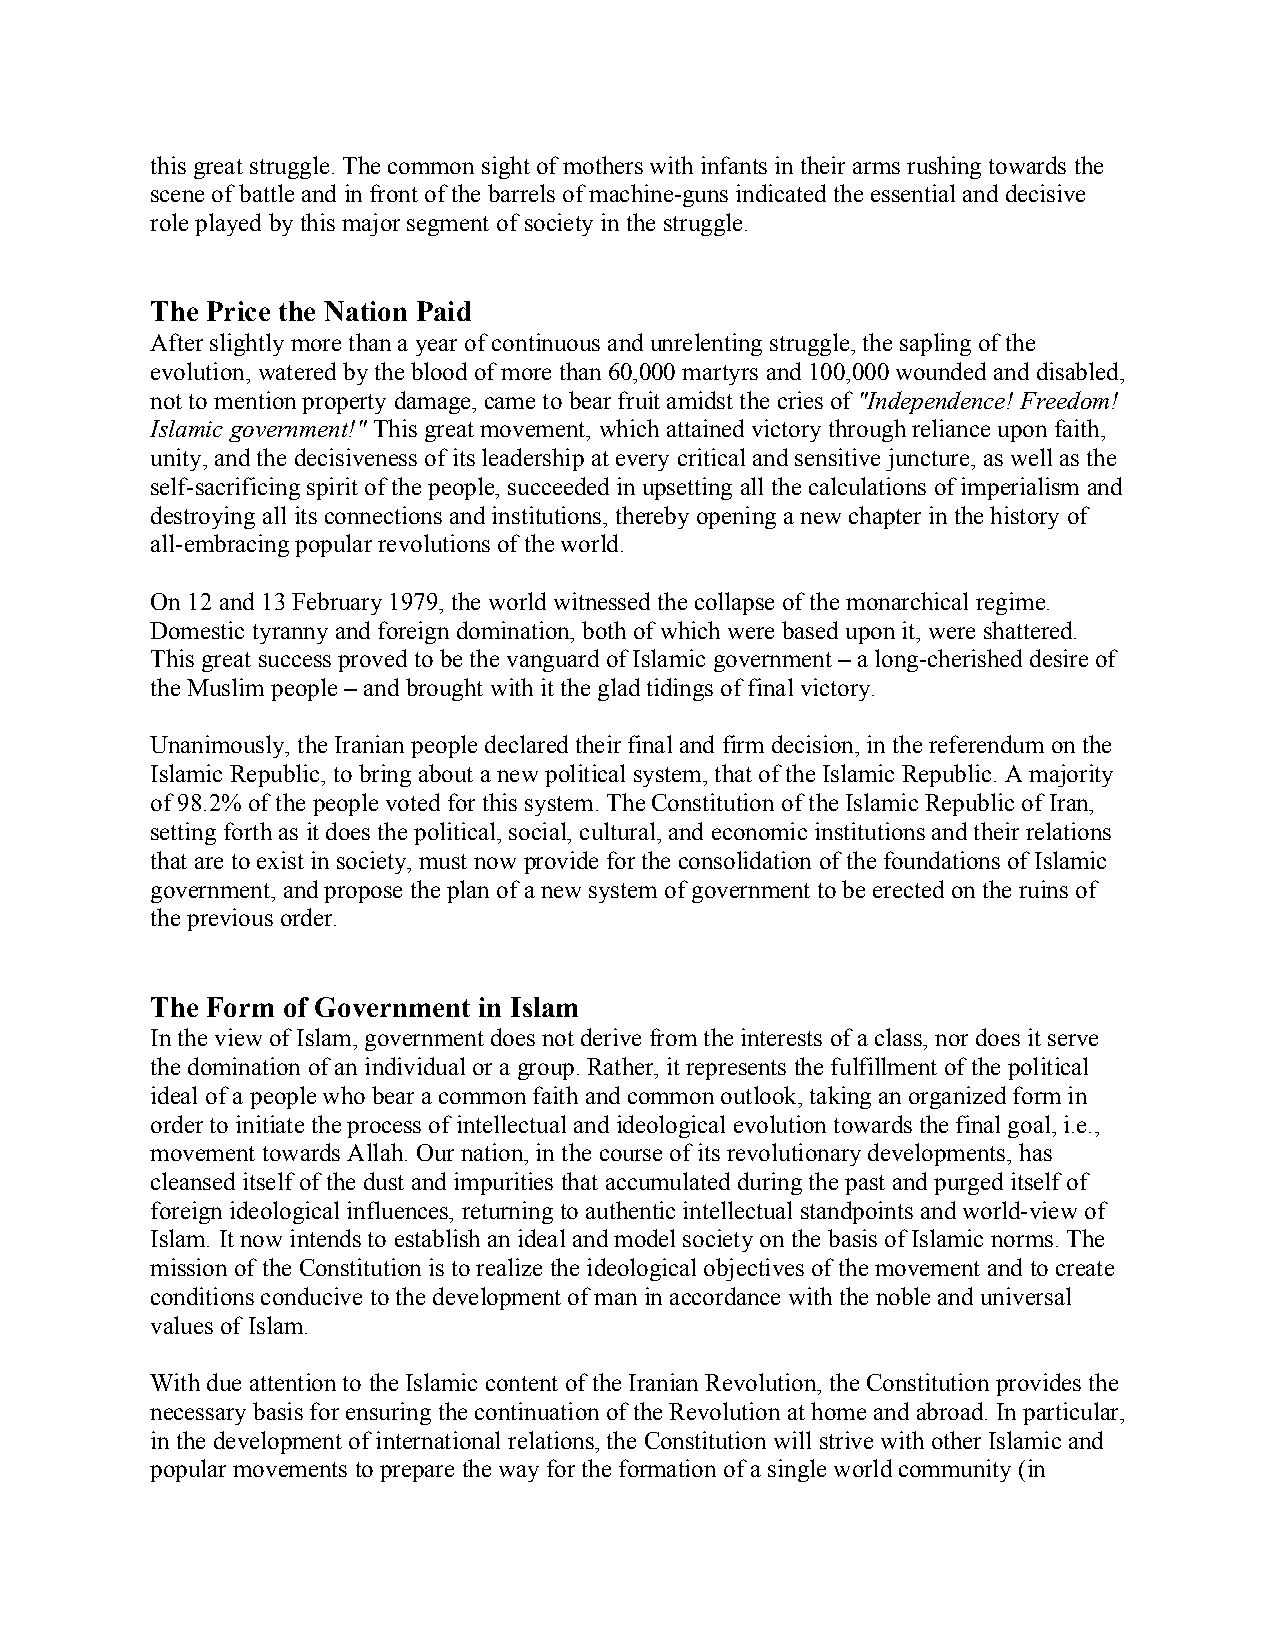
this great struggle. The common sight of mothers with infants in their arms rushing towards the
 scene of battle and in front of the barrels of machine-guns indicated the essential and decisive
 role played by this major segment of society in the struggle.
 The Price the Nation Paid
 After slightly more than a year of continuous and unrelenting struggle, the sapling of the
 evolution, watered by the blood of more than 60,000 martyrs and 100,000 wounded and disabled,
 not to mention property damage, came to bear fruit amidst the cries of "Independence! Freedom!
 Islamic government!" This great movement, which attained victory through reliance upon faith,
 unity, and the decisiveness of its leadership at every critical and sensitive juncture, as well as the
 self-sacrificing spirit of the people, succeeded in upsetting all the calculations of imperialism and
 destroying all its connections and institutions, thereby opening a new chapter in the history of
 all-embracing popular revolutions of the world.
 On 12 and 13 February 1979, the world witnessed the collapse of the monarchical regime.
 Domestic tyranny and foreign domination, both of which were based upon it, were shattered.
 This great success proved to be the vanguard of Islamic government – a long-cherished desire of
 the Muslim people – and brought with it the glad tidings of final victory.
 Unanimously, the Iranian people declared their final and firm decision, in the referendum on the
 Islamic Republic, to bring about a new political system, that of the Islamic Republic. A majority
 of 98.2% of the people voted for this system. The Constitution of the Islamic Republic of Iran,
 setting forth as it does the political, social, cultural, and economic institutions and their relations
 that are to exist in society, must now provide for the consolidation of the foundations of Islamic
 government, and propose the plan of a new system of government to be erected on the ruins of
 the previous order.
 The Form of Government in Islam
 In the view of Islam, government does not derive from the interests of a class, nor does it serve
 the domination of an individual or a group. Rather, it represents the fulfillment of the political
 ideal of a people who bear a common faith and common outlook, taking an organized form in
 order to initiate the process of intellectual and ideological evolution towards the final goal, i.e.,
 movement towards Allah. Our nation, in the course of its revolutionary developments, has
 cleansed itself of the dust and impurities that accumulated during the past and purged itself of
 foreign ideological influences, returning to authentic intellectual standpoints and world-view of
 Islam. It now intends to establish an ideal and model society on the basis of Islamic norms. The
 mission of the Constitution is to realize the ideological objectives of the movement and to create
 conditions conducive to the development of man in accordance with the noble and universal
 values of Islam.
 With due attention to the Islamic content of the Iranian Revolution, the Constitution provides the
 necessary basis for ensuring the continuation of the Revolution at home and abroad. In particular,
 in the development of international relations, the Constitution will strive with other Islamic and
 popular movements to prepare the way for the formation of a single world community (in